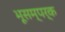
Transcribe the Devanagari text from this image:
भूसम्पर्क